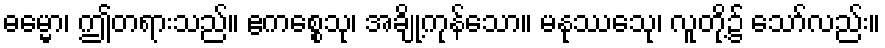
ဓမ္မော၊ ဤတရားသည်။ ဧကစ္စေသု၊ အချို့ကုန်သော။ မနုဿေသု၊ လူတို့၌ သော်လည်း။